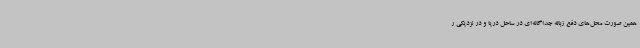
همین صورت محل‌های دفع زباله جداگانه‌ای در ساحل دریا و در نزدیکی ر